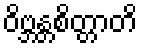
ဝိဗ္ဘန္တစိတ္တာတိ